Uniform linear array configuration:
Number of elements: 24
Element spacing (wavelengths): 0.25
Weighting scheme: binomial
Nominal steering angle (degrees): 60
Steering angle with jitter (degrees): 58.395
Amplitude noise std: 0.05
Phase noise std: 0.05

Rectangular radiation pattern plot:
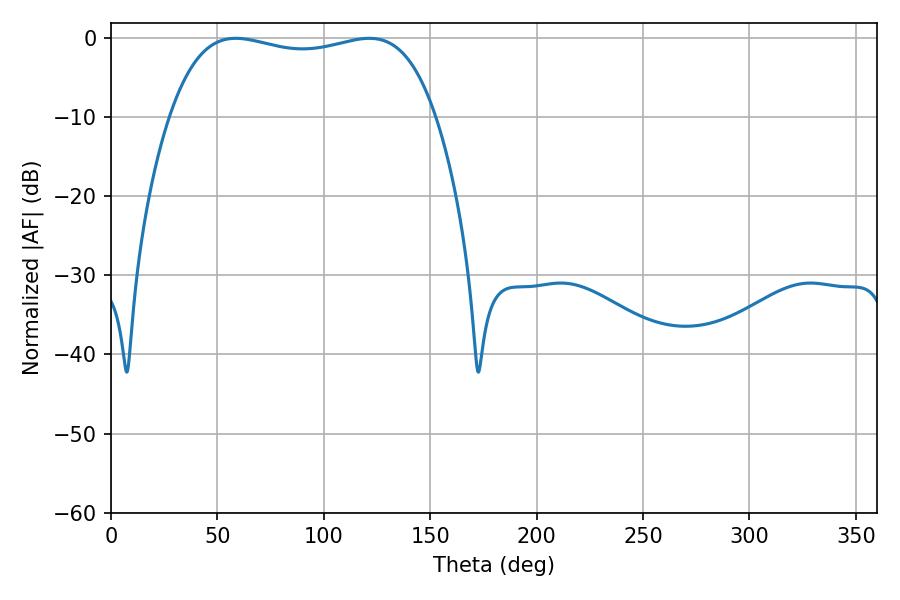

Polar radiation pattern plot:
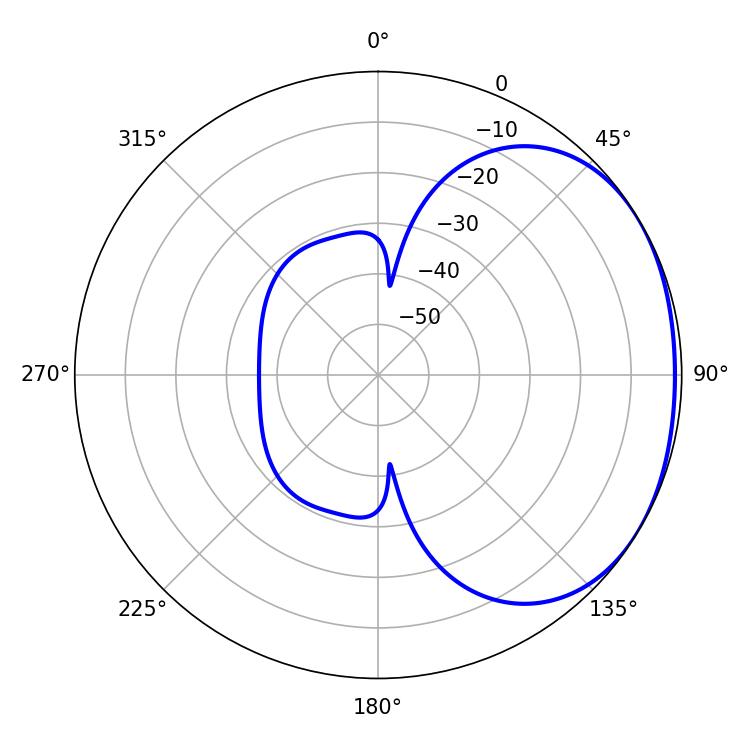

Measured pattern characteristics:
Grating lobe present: FALSE
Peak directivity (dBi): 1.613
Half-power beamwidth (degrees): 100.8
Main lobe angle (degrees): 58.68